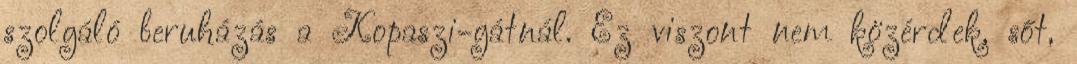
szolgáló beruházás a Kopaszi-gátnál. Ez viszont nem közérdek, sőt,